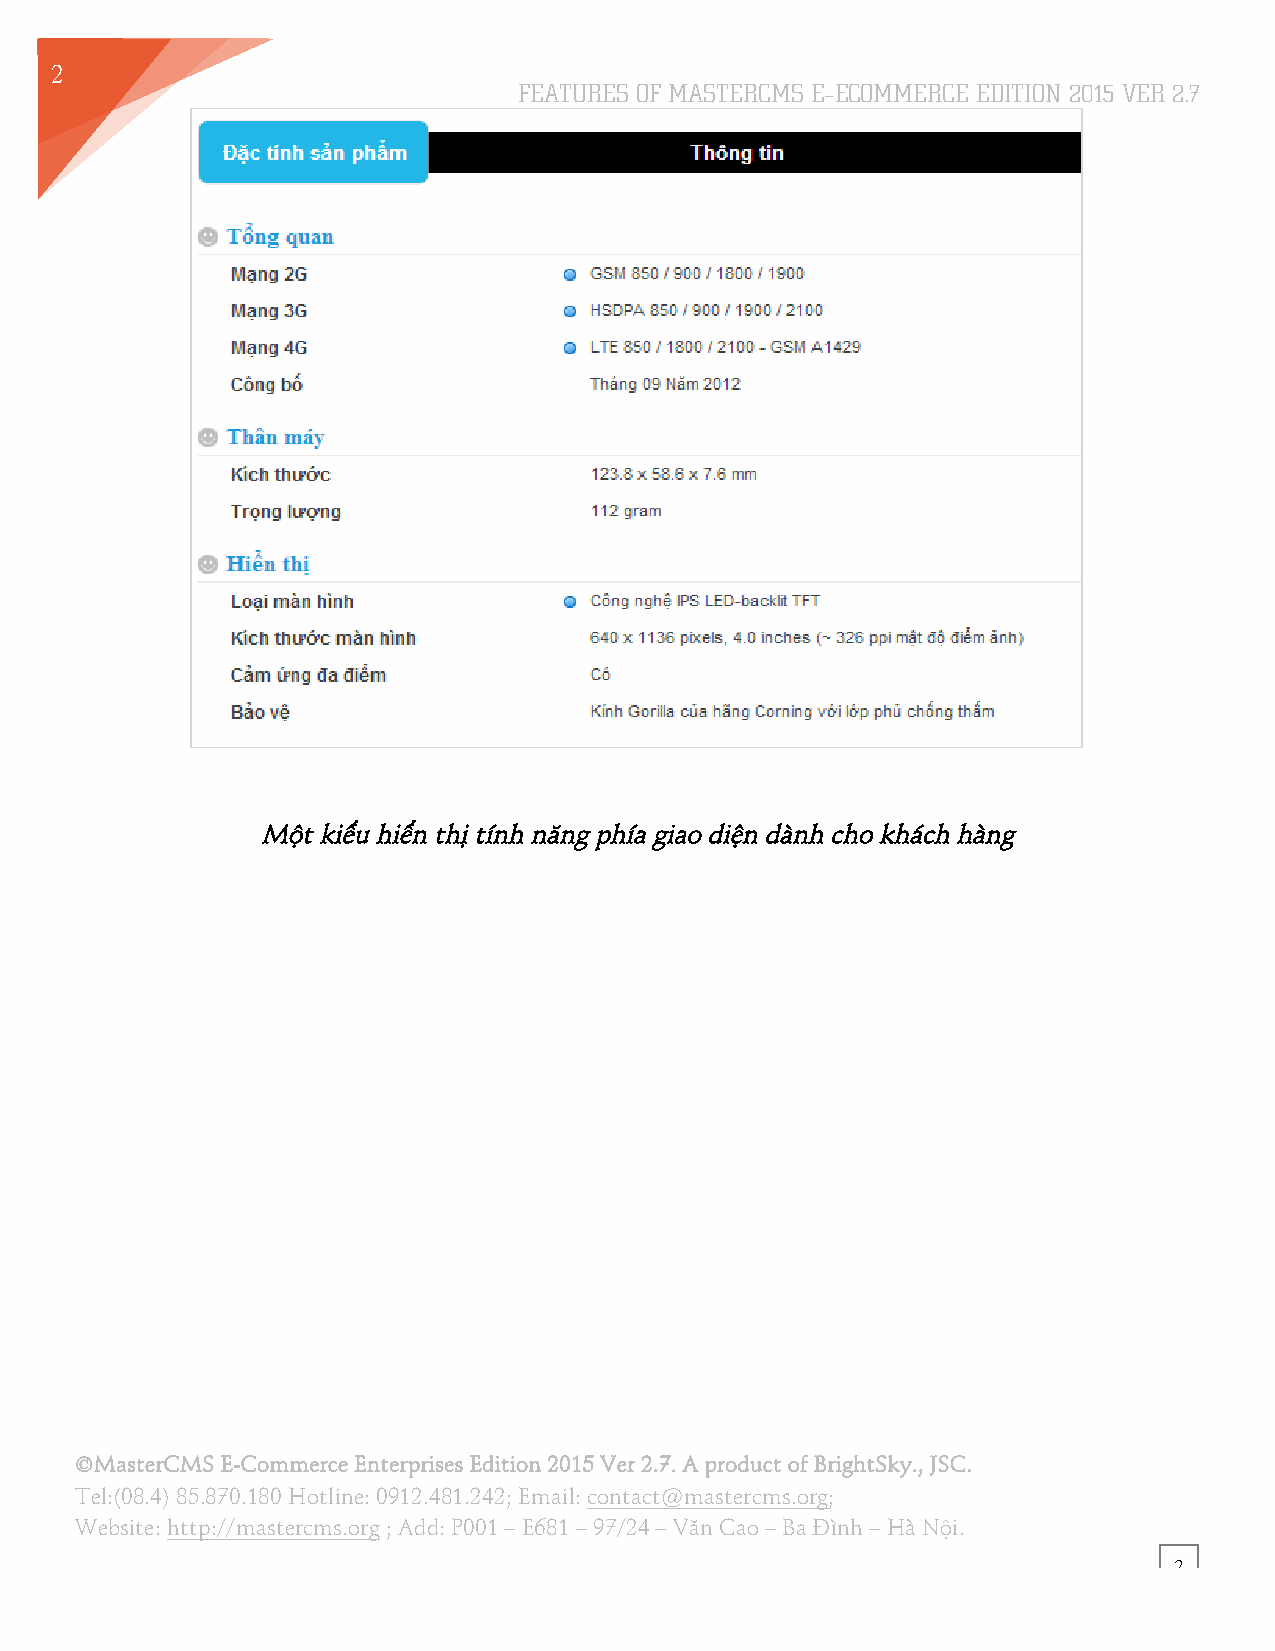
2
 FEATURES OF MASTERCMS E–ECOMMERCE EDITION 2015 VER 2.7
 9
 Một kiểu hiển thị tính năng phía giao diện dành cho khách hàng
 ©MasterCMS E-Commerce Enterprises Edition 2015 Ver 2.7. A product of BrightSky., JSC.
 Tel:(08.4) 85.870.180 Hotline: 0912.481.242; Email: contact@mastercms.org;
 Website: http://mastercms.org ; Add: P001 – E681 – 97/24 – Văn Cao – Ba Đình – Hà Nội.
 2